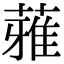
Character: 蕥